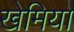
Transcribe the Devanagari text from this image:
खेमिया